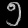
Digit: ၅